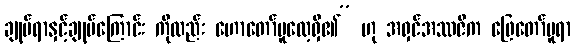
ချုပ်ရာနှင့်ချုပ်ကြောင်း ကိုလည်း ဟောတော်မူလေ့ရှိ၏” ဟု အရှင်အဿဇိက ဖြေတော်မူရာ